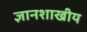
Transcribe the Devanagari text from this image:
ज्ञानशाखीय